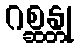
ဂစ္ဆန္တု